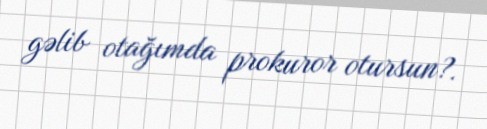
gəlib otağımda prokuror otursun?.